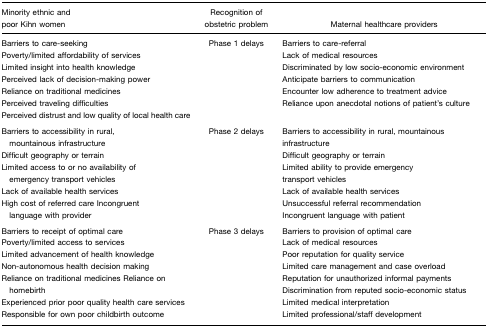
| Minority ethnic and poor Kihn women | Recognition of obstetric problem | Maternal healthcare providers |
 | --- | --- | --- |
 | Barriers to care-seeking | Phase 1 delays | Barriers to care-referral |
 | Poverty/limited affordability of servicesLimited insight into health knowledgePerceived lack of decision-making powerReliance on traditional medicinesPerceived traveling difficultiesPerceived distrust and low quality of local health care |  | Lack of medical resourcesDiscriminated by low socio-economic environmentAnticipate barriers to communicationEncounter low adherence to treatment adviceReliance upon anecdotal notions of patient’s culture |
 | Barriers to accessibility in rural, mountainous infrastructure | Phase 2 delays | Barriers to accessibility in rural, mountainous infrastructure |
 | Difficult geography or terrainLimited access to or no availability of emergency transport vehiclesLack of available health servicesHigh cost of referred care Incongruent language with provider |  | Difficult geography or terrainLimited ability to provide emergency transport vehiclesLack of available health servicesUnsuccessful referral recommendationIncongruent language with patient |
 | Barriers to receipt of optimal care | Phase 3 delays | Barriers to provision of optimal care |
 | Poverty/limited access to servicesLimited advancement of health knowledgeNon-autonomous health decision makingReliance on traditional medicines Reliance on homebirthExperienced prior poor quality health care servicesResponsible for own poor childbirth outcome |  | Lack of medical resourcesPoor reputation for quality serviceLimited care management and case overloadReputation for unauthorized informal paymentsDiscrimination from reputed socio-economic statusLimited medical interpretationLimited professional/staff development |